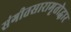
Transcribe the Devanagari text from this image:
संगीतसारामृतोद्धार